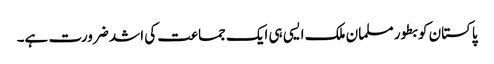
پاکستان کو بطور مسلمان ملک ایسی ہی ایک جماعت کی اشد ضرورت ہے۔